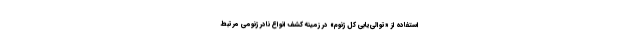
استفاده از «توالی‌یابی کل ژنوم» در زمینه کشف انواع نادر ژنومی مرتبط